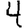
Digit: 4